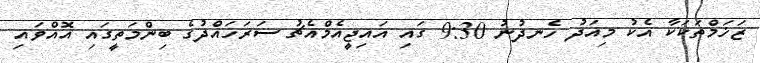
ޒަޚަމްތަކަކާ އެކު މިއަދު ހެނދުނު 9:30 ގައި އައިޖީއެމްއެޗު ސަރަހައްދުގެ ބިންމަތީގައި އޮއްވައި